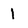
Character: 1